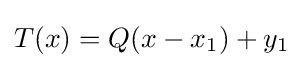
T(x)=Q(x-x_{1})+y_{1}